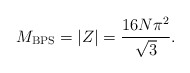
\begin{align*}M_{\mathrm{BPS}} = \left| Z \right| = \frac{16 N \pi^2}{\sqrt{3}}.\end{align*}